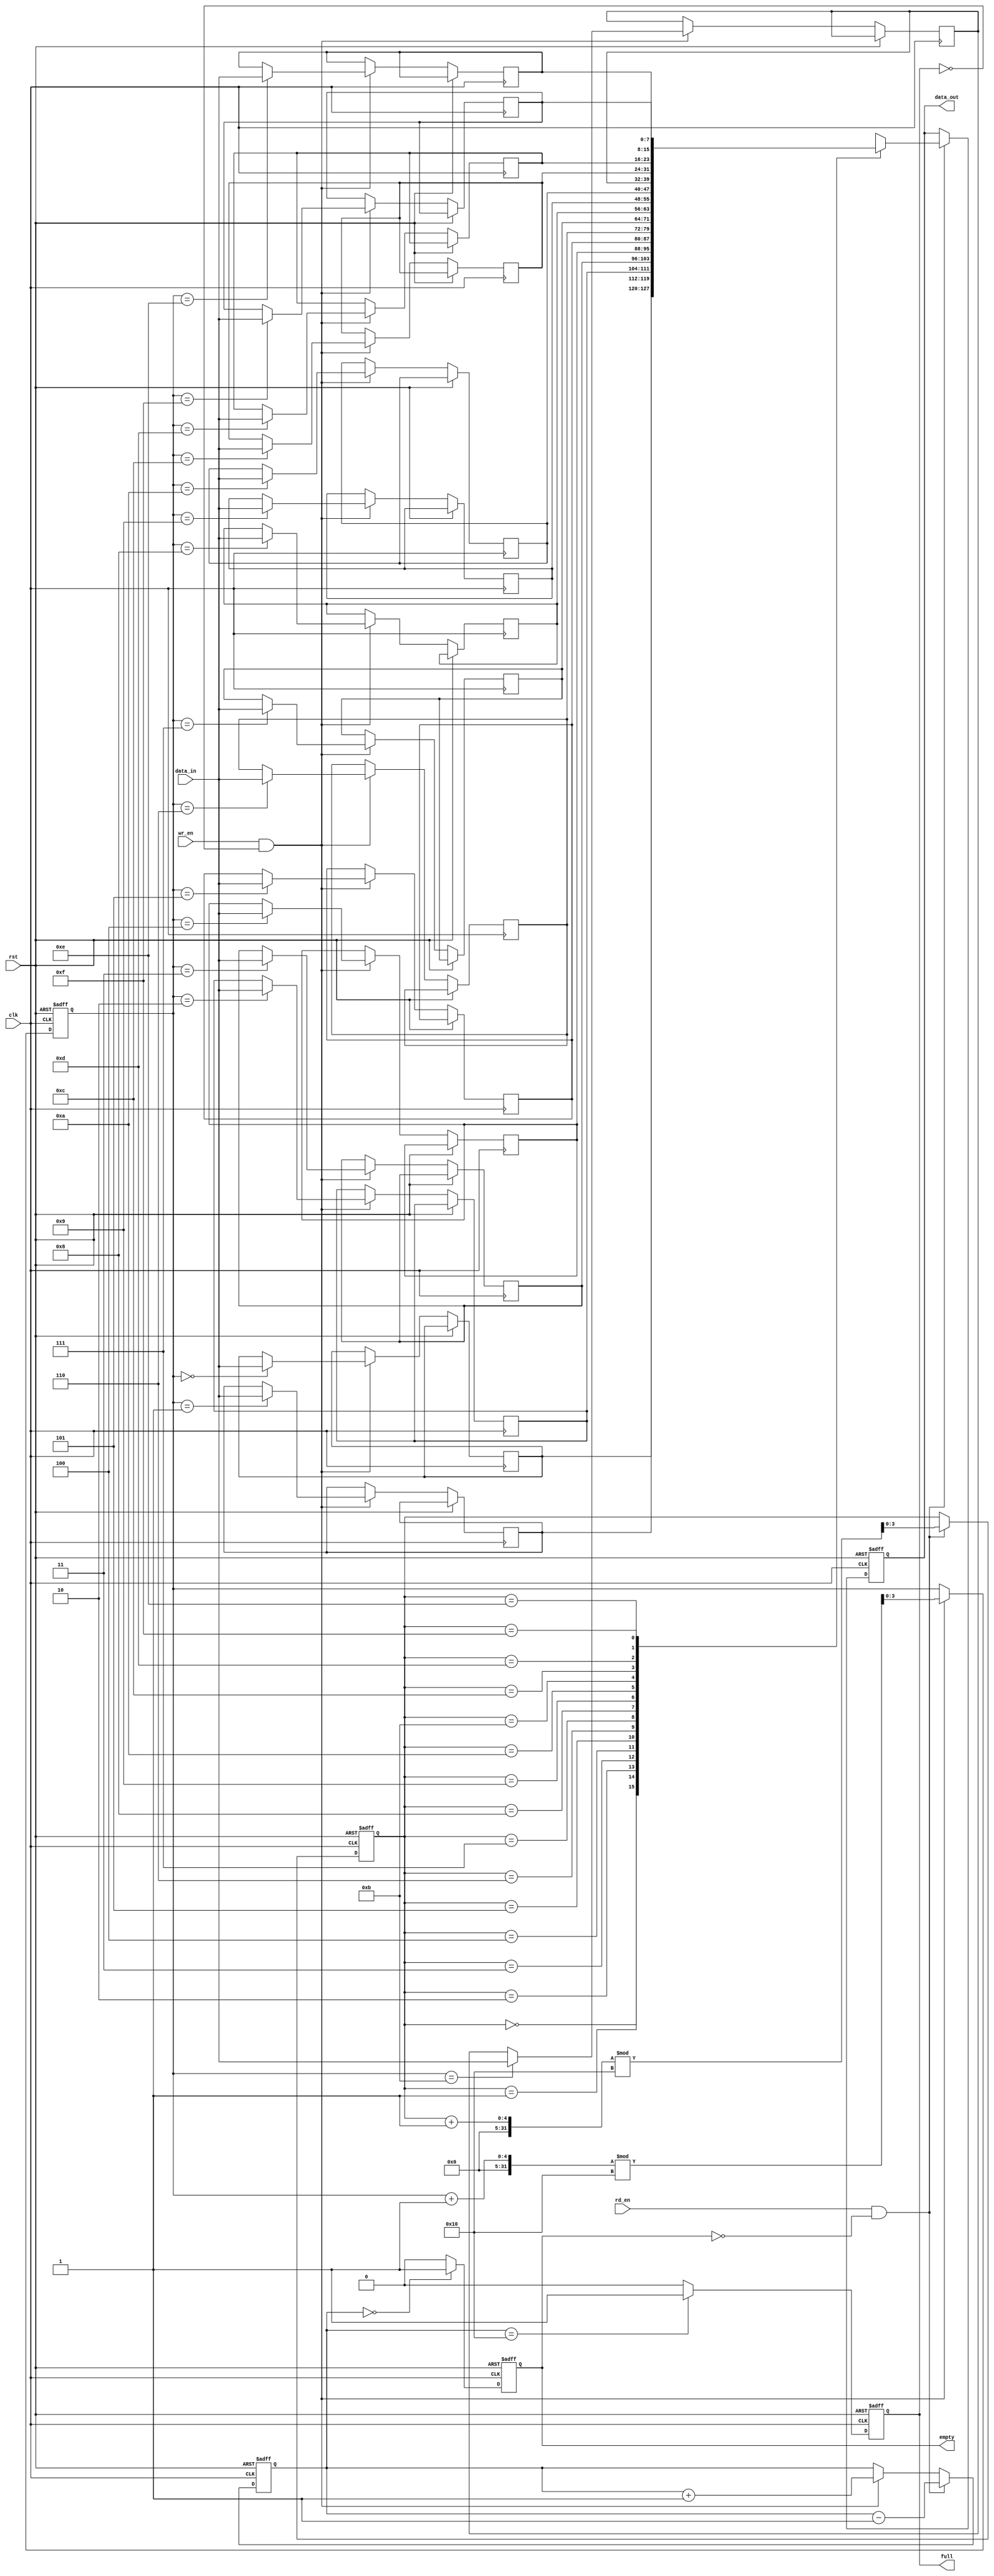
module fifo_sram #(parameter DEPTH = 16, WIDTH = 8) (
    input wire clk,
    input wire rst,
    input wire wr_en,
    input wire rd_en,
    input wire [WIDTH-1:0] data_in,
    output reg [WIDTH-1:0] data_out,
    output reg full,
    output reg empty
);
    // Internal memory array
    reg [WIDTH-1:0] fifo_mem [0:DEPTH-1];

    // Write pointer and read pointer
    reg [$clog2(DEPTH)-1:0] wr_ptr;
    reg [$clog2(DEPTH)-1:0] rd_ptr;
    reg [DEPTH:0] fifo_count; // Count to track the number of entries

    // Asynchronous reset
    always @(posedge clk or posedge rst) begin
        if (rst) begin
            wr_ptr <= 0;
            rd_ptr <= 0;
            fifo_count <= 0;
            full <= 0;
            empty <= 1;
            data_out <= 0;
        end else begin
            // Write operation
            if (wr_en && !full) begin
                fifo_mem[wr_ptr] <= data_in; // Write data to memory
                wr_ptr <= (wr_ptr + 1) % DEPTH; // Update write pointer
                fifo_count <= fifo_count + 1; // Increment count
            end
            
            // Read operation
            if (rd_en && !empty) begin
                data_out <= fifo_mem[rd_ptr]; // Read data from memory
                rd_ptr <= (rd_ptr + 1) % DEPTH; // Update read pointer
                fifo_count <= fifo_count - 1; // Decrement count
            end
            
            // Update full and empty flags
            full <= (fifo_count == DEPTH) ? 1 : 0;
            empty <= (fifo_count == 0) ? 1 : 0;
        end
    end
endmodule